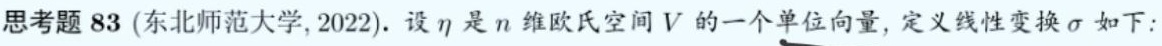
思考题 83 (东北师范大学, 2022). 设 $\eta$ 是 $n$ 维欧氏空间 $V$ 的一个单位向量, 定义线性变换 $\sigma$ 如下: